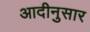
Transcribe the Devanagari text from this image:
आदीनुसार